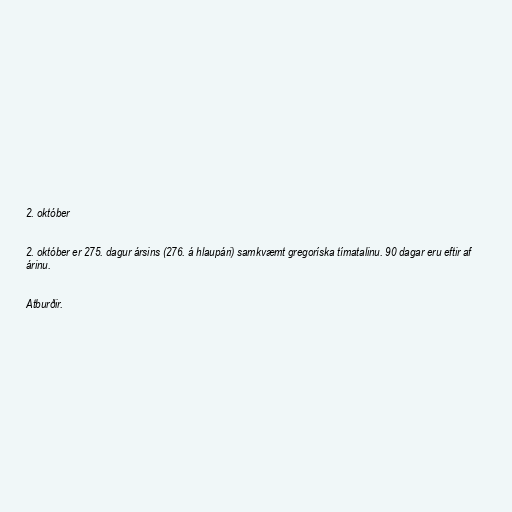
2. október

2. október er 275. dagur ársins (276. á hlaupári) samkvæmt gregoríska tímatalinu. 90 dagar eru eftir af
árinu.

Atburðir.